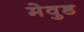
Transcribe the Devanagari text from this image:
मेवुड